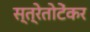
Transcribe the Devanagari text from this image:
स्त्रेतोटेंकर